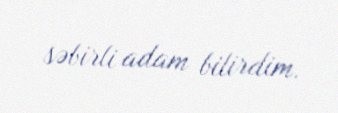
səbirli adam bilirdim.